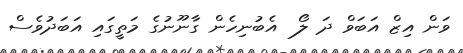
ވަން އިޒް އަބަވް ދަ ލޯ  އެބުނިހެން ގާނޫނުގެ މަތީގައި އަބަދުވެސް